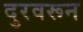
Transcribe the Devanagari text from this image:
दुरवरून